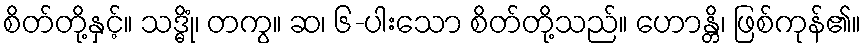
စိတ်တို့နှင့်။ သဒ္ဓိုံ၊ တကွ။ ဆ၊ ၆-ပါးသော စိတ်တို့သည်။ ဟောန္တိ၊ ဖြစ်ကုန်၏။